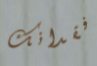
فقدانك